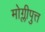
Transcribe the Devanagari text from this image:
मोग्लीपुत्त